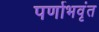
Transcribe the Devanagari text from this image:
पर्णाभवृंत